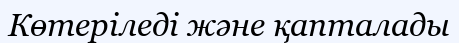
Көтеріледі және қапталады